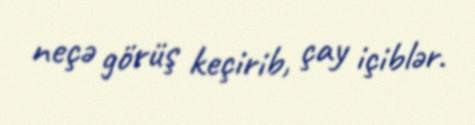
neçə görüş keçirib, çay içiblər.